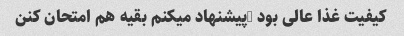
کیفیت غذا عالی بود …پیشنهاد میکنم بقیه هم امتحان کنن